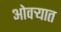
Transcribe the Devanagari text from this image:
ओवर्‍यात